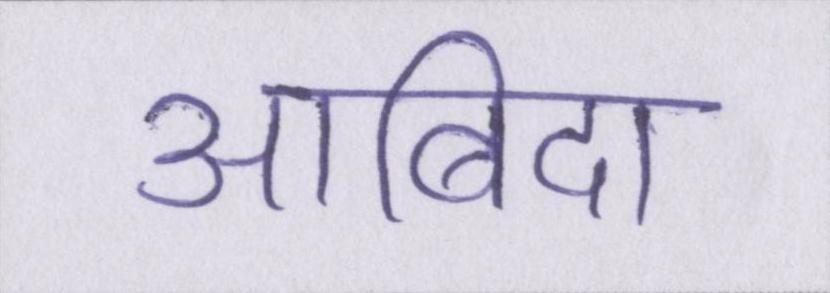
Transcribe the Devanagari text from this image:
आबिदा